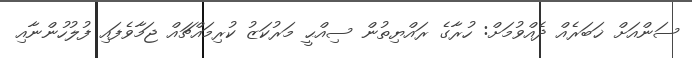
ސަންއަށް ޚަބަރެއް ދެއްވުމަށް: ހުރާގެ ރައްޔިތުން ސިއްޙީ މަރުކަޒު ކުރިމައްޗައް ޖަމާވެފައި ފުލުހުންނާއި